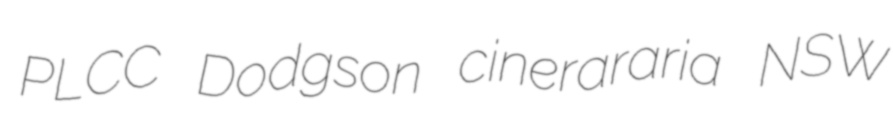
PLCC Dodgson cinerararia NSW